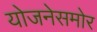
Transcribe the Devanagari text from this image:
योजनेसमोर